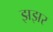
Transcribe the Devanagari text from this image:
झझर